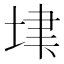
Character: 𡋶